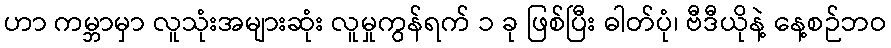
ဟာ ကမ္ဘာမှာ လူသုံးအများဆုံး လူမှုကွန်ရက် ၁ ခု ဖြစ်ပြီး ဓါတ်ပုံ၊ ဗီဒီယိုနဲ့ နေ့စဉ်ဘဝ